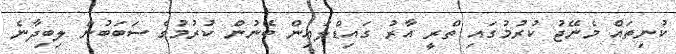
ކުނިތައް މެނޭޖު ކުރުމުގައި ތްރީ އާރު ގައިޑްލައިން ބޭނުން ކުރުމުގެ ސަބަބުން ލިބިދާނެ